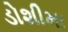
ડોશીમા